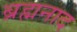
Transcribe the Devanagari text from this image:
ब्रह्मनाद